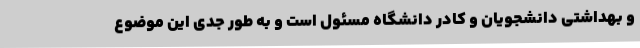
و بهداشتی دانشجویان و کادر دانشگاه مسئول است و به طور جدی این موضوع